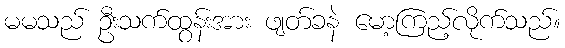
မမသည် ဦးသက်ထွန်းအား ဖျတ်ခနဲ မော့ကြည့်လိုက်သည်။